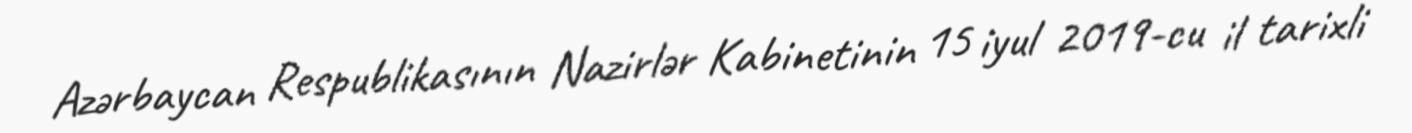
Azərbaycan Respublikasının Nazirlər Kabinetinin 15 iyul 2019-cu il tarixli